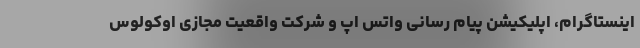
اینستاگرام، اپلیکیشن پیام رسانی واتس اپ و شرکت واقعیت مجازی اوکولوس